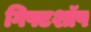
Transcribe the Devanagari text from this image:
गिफ्टशॉप